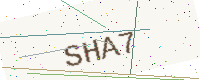
Text: SHA7